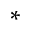
^ *